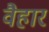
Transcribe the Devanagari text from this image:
वैहार